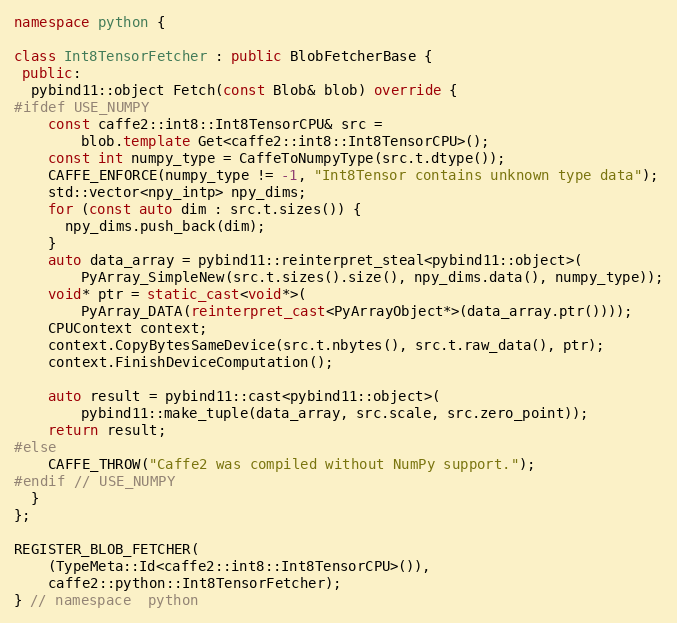
Language: C++
namespace python {

class Int8TensorFetcher : public BlobFetcherBase {
 public:
  pybind11::object Fetch(const Blob& blob) override {
#ifdef USE_NUMPY
    const caffe2::int8::Int8TensorCPU& src =
        blob.template Get<caffe2::int8::Int8TensorCPU>();
    const int numpy_type = CaffeToNumpyType(src.t.dtype());
    CAFFE_ENFORCE(numpy_type != -1, "Int8Tensor contains unknown type data");
    std::vector<npy_intp> npy_dims;
    for (const auto dim : src.t.sizes()) {
      npy_dims.push_back(dim);
    }
    auto data_array = pybind11::reinterpret_steal<pybind11::object>(
        PyArray_SimpleNew(src.t.sizes().size(), npy_dims.data(), numpy_type));
    void* ptr = static_cast<void*>(
        PyArray_DATA(reinterpret_cast<PyArrayObject*>(data_array.ptr())));
    CPUContext context;
    context.CopyBytesSameDevice(src.t.nbytes(), src.t.raw_data(), ptr);
    context.FinishDeviceComputation();

    auto result = pybind11::cast<pybind11::object>(
        pybind11::make_tuple(data_array, src.scale, src.zero_point));
    return result;
#else
    CAFFE_THROW("Caffe2 was compiled without NumPy support.");
#endif // USE_NUMPY
  }
};

REGISTER_BLOB_FETCHER(
    (TypeMeta::Id<caffe2::int8::Int8TensorCPU>()),
    caffe2::python::Int8TensorFetcher);
} // namespace  python